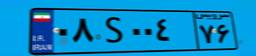
۰۸S۰۰۴۷۶